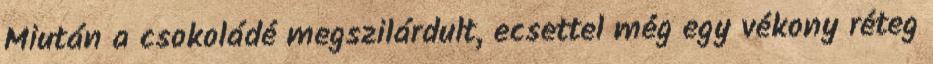
Miután a csokoládé megszilárdult, ecsettel még egy vékony réteg